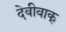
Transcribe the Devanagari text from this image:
देवीवाक्‌